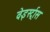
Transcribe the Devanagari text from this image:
वेइर्स्ट्रास